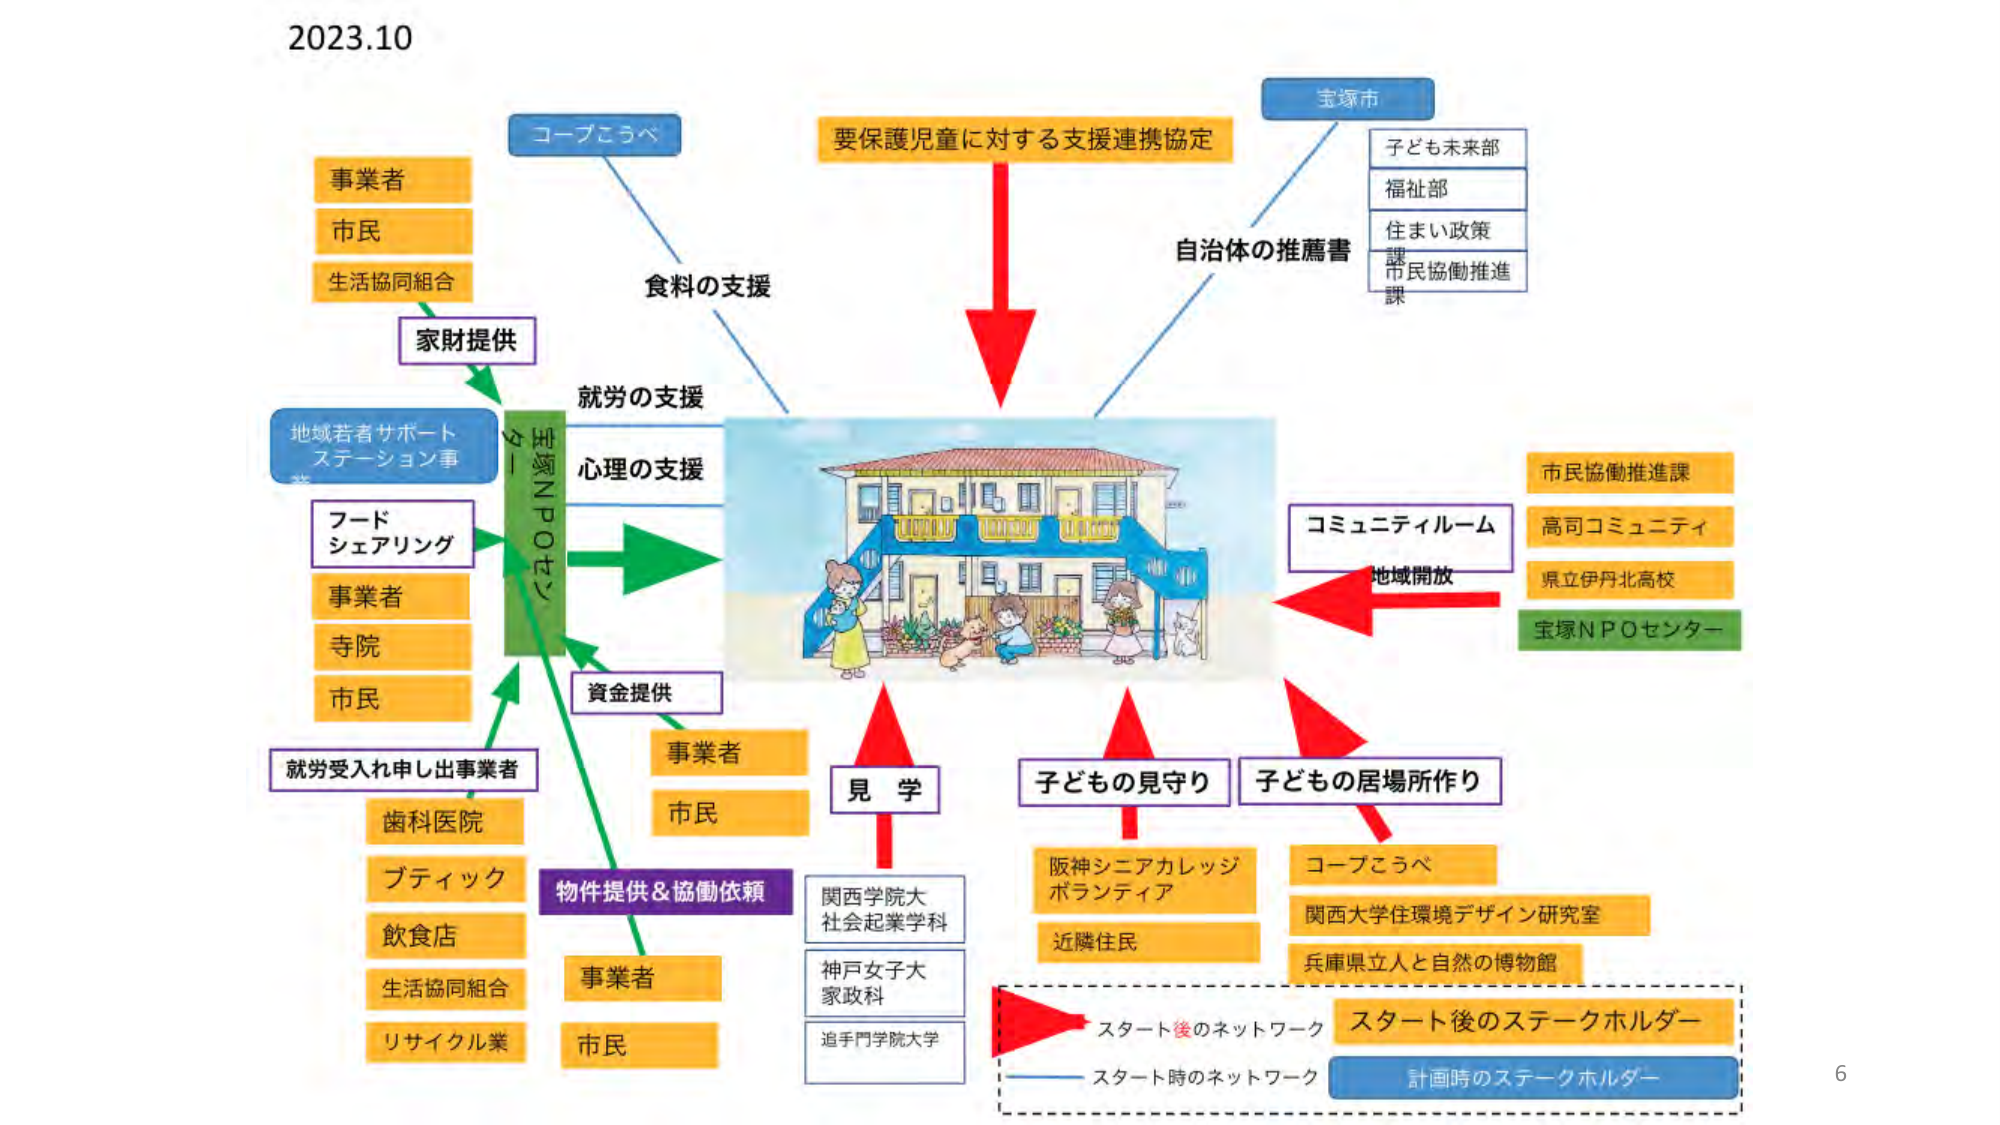
2023.10

コープこうべ
要保護児童に対する支援連携協定
宝塚市
子ども未来部
福祉部
住まい政策
課
市民協働推進
課
自治体の推薦書

事業者
市民
生活協同組合
家財提供
食料の支援

地域若者サポート
ステーション事
業
フード
シェアリング
事業者
寺院
市民
就労の支援
心理の支援
宝塚NPOセンター
資金提供
就労受入れ申し出事業者
歯科医院
ブティック
飲食店
生活協同組合
リサイクル業
物件提供＆協働依頼
事業者
市民

見学
関西学院大
社会起業学科
神戸女子大
家政科
追手門学院大学

子どもを見守り
阪神シニアカレッジ
ボランティア
近隣住民

子どもの居場所作り
コープこうべ
関西大学住環境デザイン研究室
兵庫県立人と自然の博物館

コミュニティルーム
地域開放
市民協働推進課
高司コミュニティ
県立伊丹北高校
宝塚NPOセンター

スタート後のネットワーク
スタート時のネットワーク
計画時のステークホルダー
スタート後のステークホルダー

6